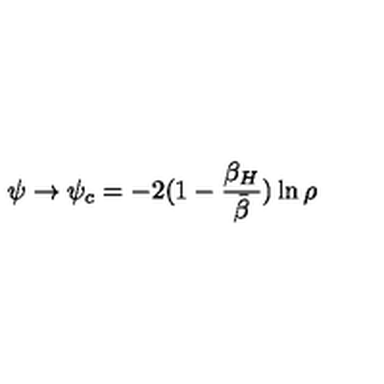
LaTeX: \psi \rightarrow \psi _ { c } = - 2 ( 1 - { \frac { \beta _ { H } } { \bar { \beta } } } ) \ln \rho